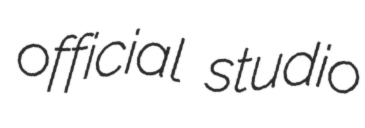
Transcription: official studio